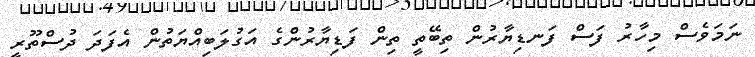
ނަމަވެސް މިހާރު ފަސް ފަނޑިޔާރުން ތިބޭތީ ތިން ފަޑިޔާރުންގެ އަގުލަބިއްޔަތުން އެފަދަ ދުސްތޫރީ